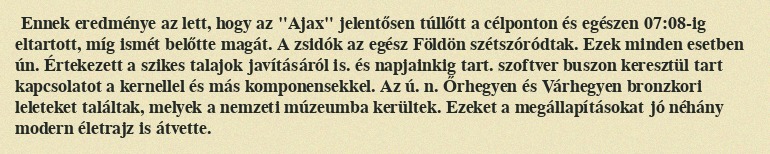
Ennek eredménye az lett, hogy az "Ajax" jelentősen túllőtt a célponton és egészen 07:08-ig eltartott, míg ismét belőtte magát. A zsidók az egész Földön szétszóródtak. Ezek minden esetben ún. Értekezett a szikes talajok javításáról is. és napjainkig tart. szoftver buszon keresztül tart kapcsolatot a kernellel és más komponensekkel. Az ú. n. Őrhegyen és Várhegyen bronzkori leleteket találtak, melyek a nemzeti múzeumba kerültek. Ezeket a megállapításokat jó néhány modern életrajz is átvette.